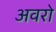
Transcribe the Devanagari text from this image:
अवरो